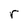
Character: r